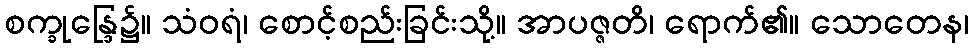
စက္ခုန္ဒြေ၌။ သံဝရံ၊ စောင့်စည်းခြင်းသို့။ အာပဇ္ဇတိ၊ ရောက်၏။ သောတေန၊